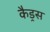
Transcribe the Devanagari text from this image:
कैड्रस